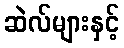
ဆဲလ်များနှင့်